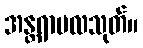
အန္တရာမလသုတ်။